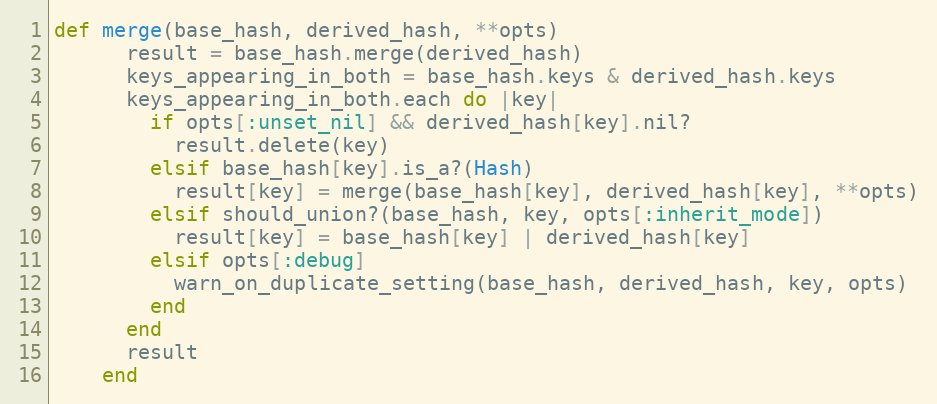
Language: Ruby
def merge(base_hash, derived_hash, **opts)
      result = base_hash.merge(derived_hash)
      keys_appearing_in_both = base_hash.keys & derived_hash.keys
      keys_appearing_in_both.each do |key|
        if opts[:unset_nil] && derived_hash[key].nil?
          result.delete(key)
        elsif base_hash[key].is_a?(Hash)
          result[key] = merge(base_hash[key], derived_hash[key], **opts)
        elsif should_union?(base_hash, key, opts[:inherit_mode])
          result[key] = base_hash[key] | derived_hash[key]
        elsif opts[:debug]
          warn_on_duplicate_setting(base_hash, derived_hash, key, opts)
        end
      end
      result
    end